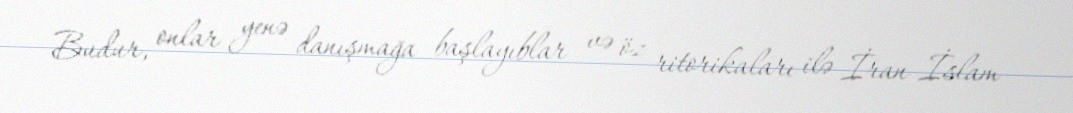
Budur, onlar yenə danışmağa başlayıblar və öz ritorikaları ilə İran İslam